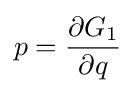
p={\frac {\partial G_{1}}{\partial q}}